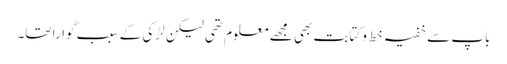
باپ سے خفیہ خط و کتابت بھی مجھے معلوم تھی لیکن لڑکی کے سبب گوارا تھا۔